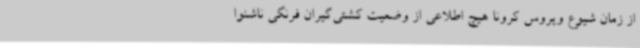
از زمان شیوع ویروس کرونا هیچ اطلاعی از وضعیت کشتی‌گیران فرنگی ناشنوا